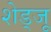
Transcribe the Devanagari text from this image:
शेड्जू